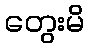
တွေးမိ